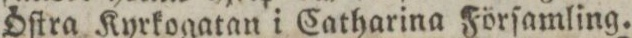
Öſtra Kyrkogatan i Catharina Förſamling.